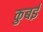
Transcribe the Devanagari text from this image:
कुबई